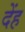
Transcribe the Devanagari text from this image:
देंह